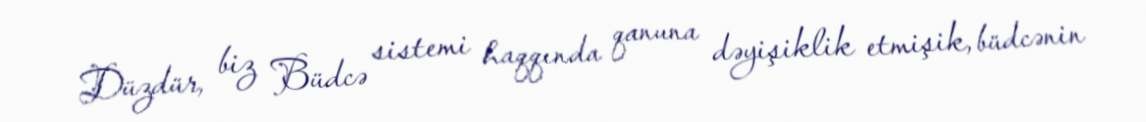
Düzdür, biz Büdcə sistemi haqqında qanuna dəyişiklik etmişik, büdcənin